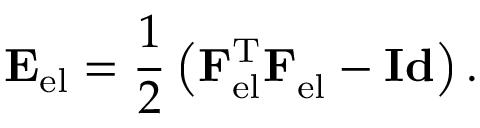
\mathbf { E } _ { \mathrm { e l } } = \frac { 1 } { 2 } \left( \mathbf { F } _ { \mathrm { e l } } ^ { \mathrm { T } } \mathbf { F } _ { \mathrm { e l } } ^ { \phantom { \mathrm { T } } } - \mathbf { I d } \right) .